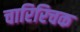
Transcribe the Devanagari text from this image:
चारिरिचक